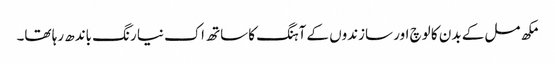
مکھ مل کے بدن کا لوچ اور سازندوں کے آہنگ کا ساتھ اک نیا رنگ باندھ رہا تھا۔